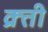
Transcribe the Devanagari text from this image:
क्र्ती